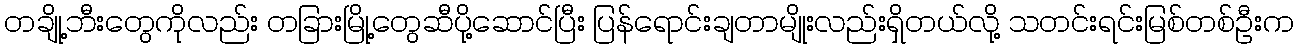
တချို့ဘီးတွေကိုလည်း တခြားမြို့တွေဆီပို့ဆောင်ပြီး ပြန်ရောင်းချတာမျိုးလည်းရှိတယ်လို့ သတင်းရင်းမြစ်တစ်ဦးက